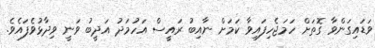
ވަޑައިގަންވާ ގޮތަށް ހަމަޖެހިފައިވާ ކަމަށް ނާއިބު ރައީސް އަހުމަދު އަދީބު ވަނީ ވިދާޅުވެފައެވެ.